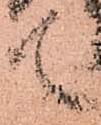
て